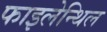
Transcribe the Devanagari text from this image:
फाइलेन्थिल